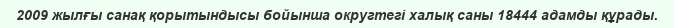
2009 жылғы санақ қорытындысы бойынша округтегі халық саны 18444 адамды құрады.